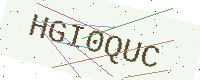
Text: HGI0QUC